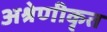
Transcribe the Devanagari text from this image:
अश्रेणीकृत